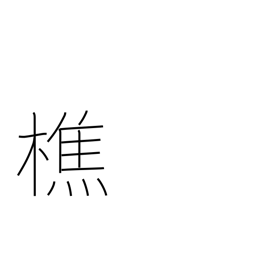
Meaning: lumberjack